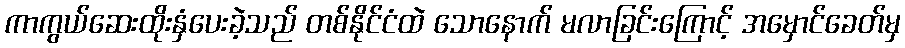
ကာကွယ်ဆေးထိုးနှံပေးခဲ့သည် တစ်နိုင်ငံထဲ သောနောက် မလာခြင်းကြောင့် အမှောင်ခေတ်မှ